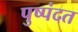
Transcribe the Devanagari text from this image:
पुष्पंदत